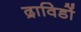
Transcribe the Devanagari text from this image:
द्राविडों